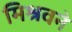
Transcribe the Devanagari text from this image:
मिश्रवने